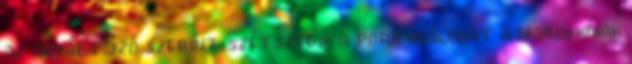
az anyába Szó szerint szétszedik a portugálokat a marokkóiak